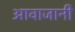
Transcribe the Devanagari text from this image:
आवाजानी